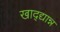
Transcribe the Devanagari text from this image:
खाद्द्यान्न